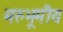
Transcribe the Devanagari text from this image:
मरुभूमीय